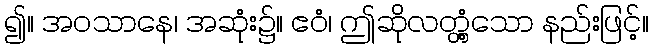
၍။ အဝသာနေ၊ အဆုံး၌။ ဧဝံ၊ ဤဆိုလတ္တံ့သော နည်းဖြင့်။